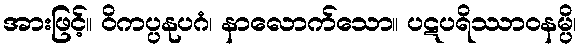
အားဖြင့်။ ဝိကပ္ပနုပဂံ၊ နာလောက်သော။ ပဋပရိဿာဝနမ္ပိ၊